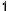
1